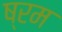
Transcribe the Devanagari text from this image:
ष्रम